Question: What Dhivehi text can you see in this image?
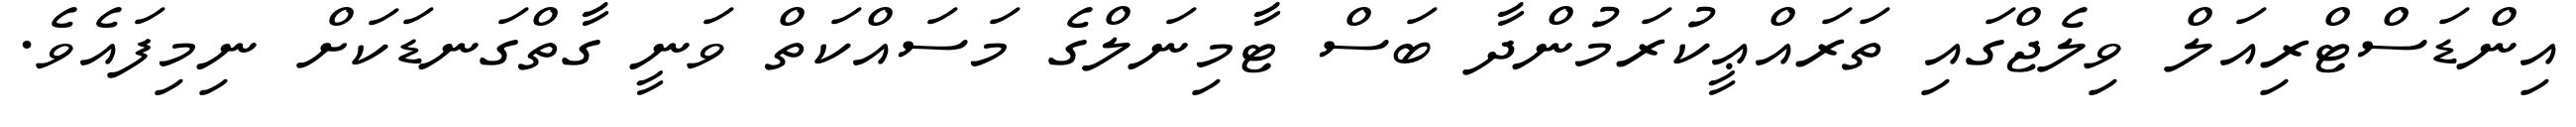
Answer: އިންޑަސްޓްރިއަލް ވިލެޖްގައި ތަރައްޢީކުރަމުންދާ ބަސް ޓާމިނަލްގެ މަސައްކަތް ވަނީ ގާތްގަނޑަކަށް ނިމިފައެވެ.